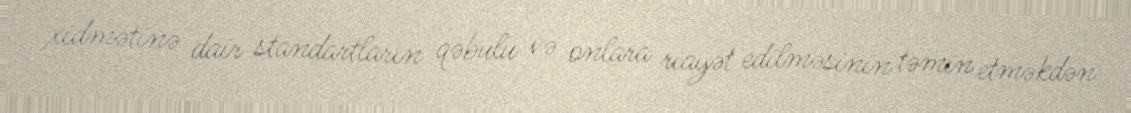
xidmətinə dair standartların qəbulu və onlara riayət edilməsinin təmin etməkdən